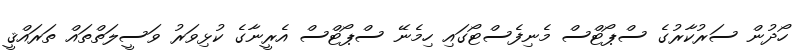
ހޯދުން ސަރުކާރުގެ ސްޕޯޓްސް މެނިފެސްޓޯގައި ހިމެނޭ ސްޕޯޓްސް އެރީނާގެ ކުޅިވަރު ވަސީލަތްތައް ތަރައްޤީ